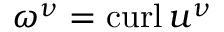
\omega ^ { \nu } = \operatorname { c u r l } u ^ { \nu }